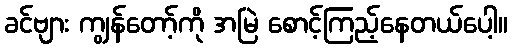
ခင်ဗျား ကျွန်တော့်ကို အမြဲ စောင့်ကြည့်နေတယ်ပေါ့။